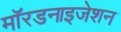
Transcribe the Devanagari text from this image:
मॉरडनाइजेशन